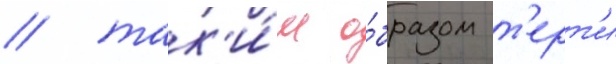
/ так'и́м о́бразом т'ерт'и